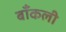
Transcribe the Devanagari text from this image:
बाँकली